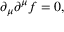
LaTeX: \partial _ { \mu } \partial ^ { \mu } f = 0 ,